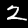
Label: 2